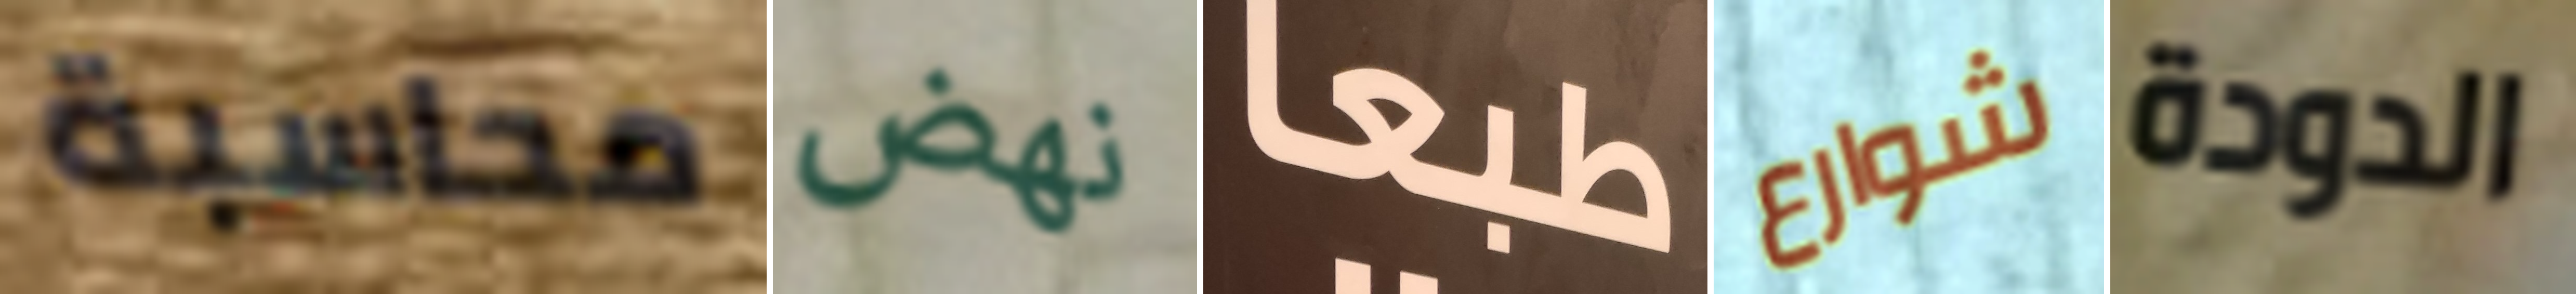
محاسبة نهض طبعا شوارع الدودة